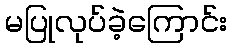
မပြုလုပ်ခဲ့ကြောင်း